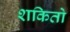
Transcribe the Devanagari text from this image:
शकितो